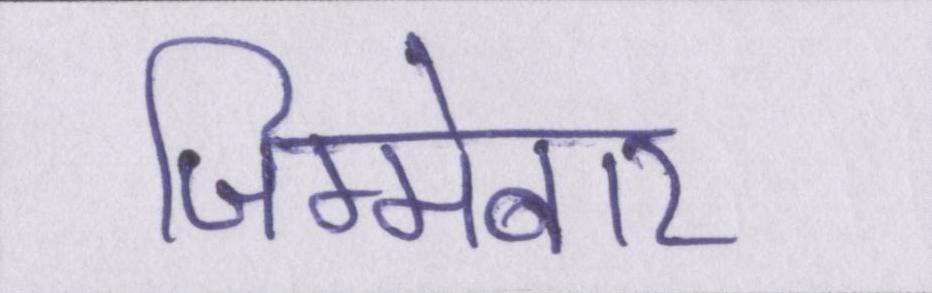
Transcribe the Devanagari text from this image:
जिम्मेबार